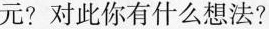
元?对此你有什么想法?